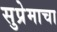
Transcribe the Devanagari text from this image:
सुप्रेमाचा